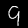
Label: 9